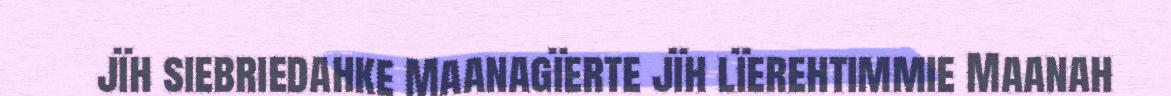
jïh siebriedahke Maanagïerte jïh lïerehtimmie Maanah